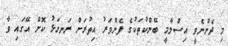
މި ދެންނެވީ އިސްލާމީ ބޭންކުތަކުގެ ފެންވަރު އިތުރަށް ރަނގަޅު ކޮށް އޭގައި ވާ